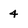
Character: 4